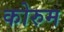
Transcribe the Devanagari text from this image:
कोरुम